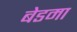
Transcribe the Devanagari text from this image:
बेडमा